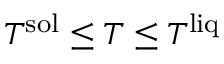
T ^ { \mathrm { s o l } } \le T \le T ^ { \mathrm { l i q } }